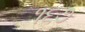
૧૬૭